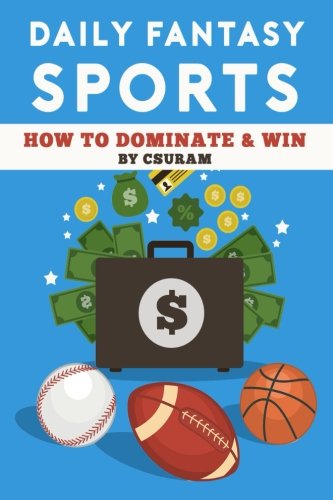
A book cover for Daily Fantasy Sports: How to Dominate & Win Fantasy Baseball, Fantasy Basketball and Fantasy Football Leagues to Turn Profitable Seasons; CSURam; Humor & Entertainment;